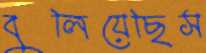
বুলিয়েছিস